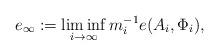
LaTeX: \begin{align*}e_{\infty}:=\liminf_{i\to\infty}m_i^{-1} e(A_i,\Phi_i),\end{align*}